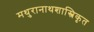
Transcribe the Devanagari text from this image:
मथुरानाथशास्त्रिकृत